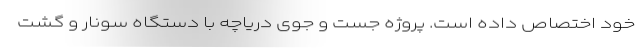
خود اختصاص داده است. پروژه جست و جوی دریاچه با دستگاه سونار و گشت